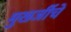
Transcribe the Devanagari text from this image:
मुखर्जीचे